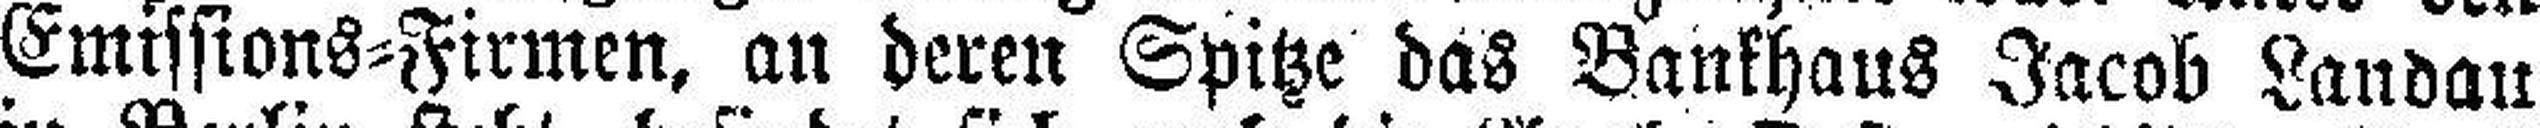
Emissions=Firmen, an deren Spitze das Bankhaus Jacob Landau